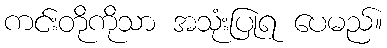
ကင်းတိုကိုသာ အသုံးပြုရ ပေမည်။